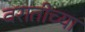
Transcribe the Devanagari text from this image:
वरातीच्या